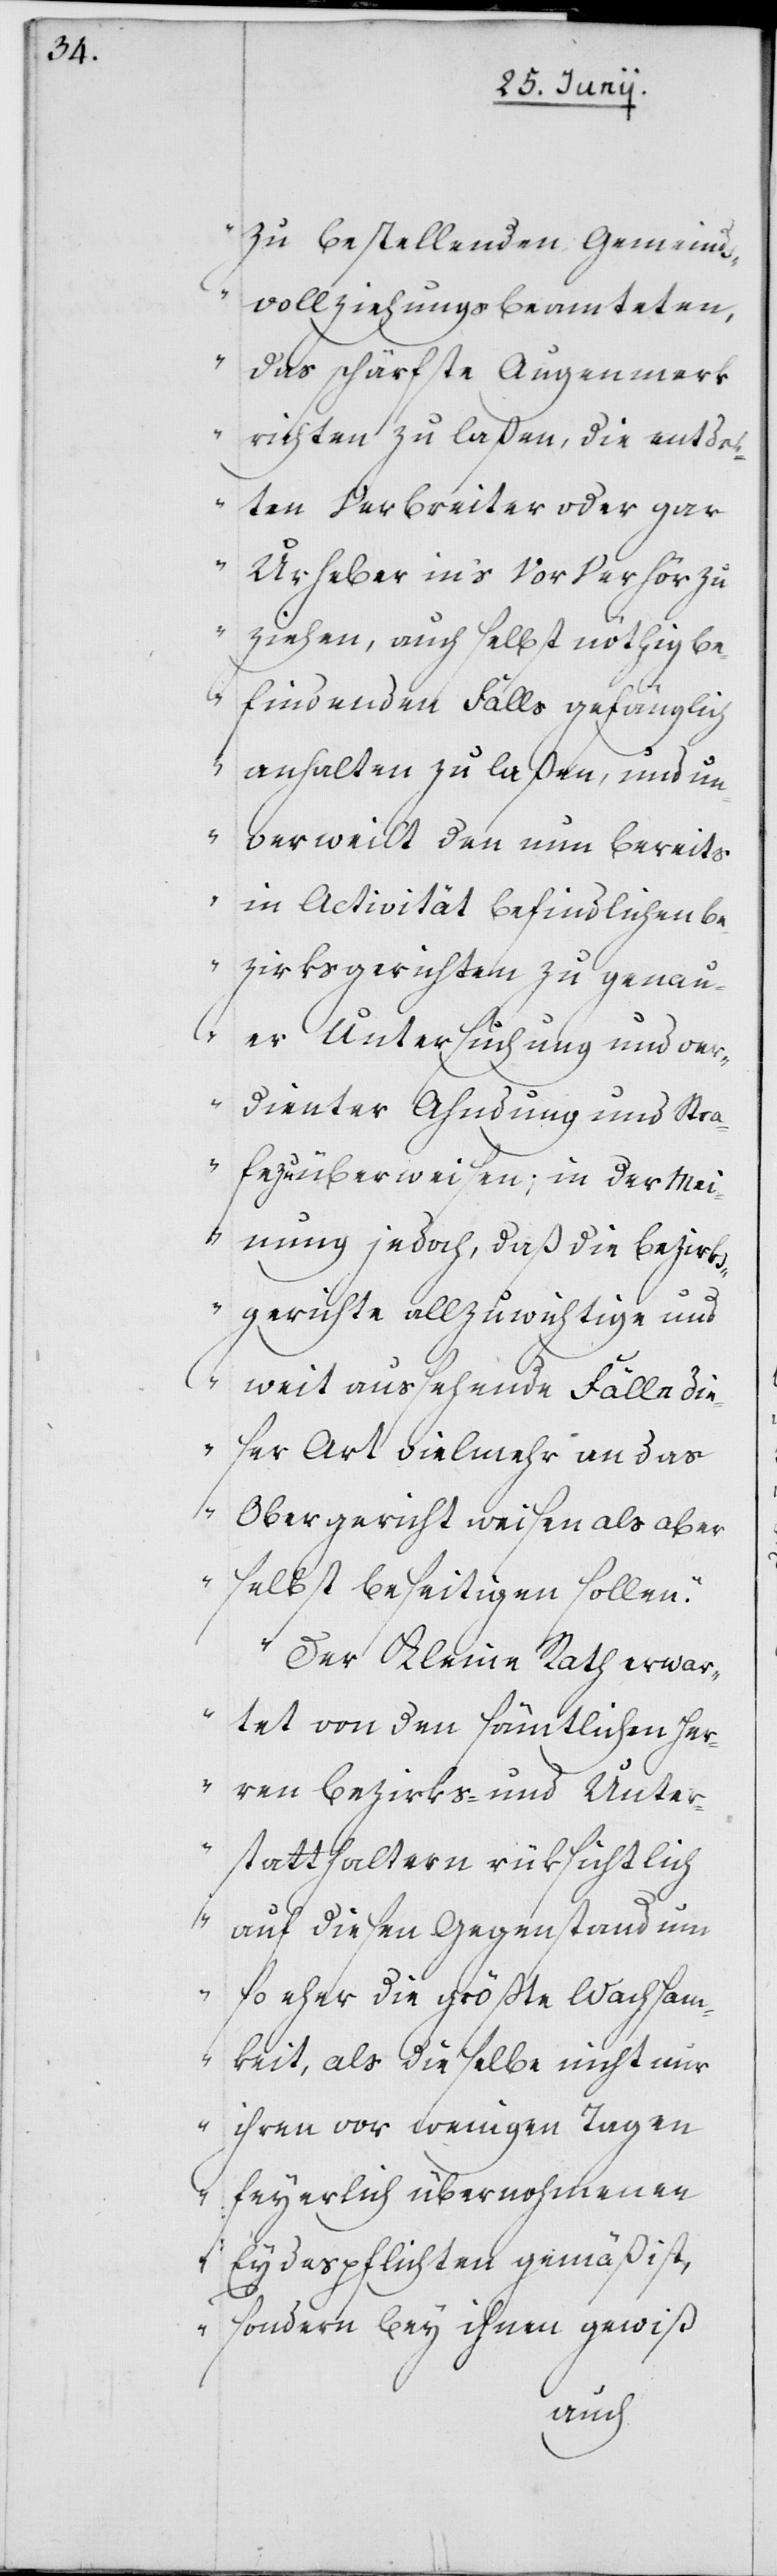
zu bestellenden Gemeinds¬
vollziehungsbeamteten,
das schärfste Augenmerk
richten zu laßen, die entdek¬
ten Verbreiter oder gar
Urheber in’s Verhör zu
ziehen, auch selbst nöthig be¬
findenden Falls gefänglich
anzuhalten zu laßen, und un¬
verweilt den nun bereits
in Activität befindlichen Be¬
zirksgerichten zu genau¬
er Untersuchung und ver¬
dienter Ahndung und Stra¬
fe zu überweisen; in der Mei¬
nung jedoch, daß die Bezirks¬
gerichte allzu wichtige und
weit aussehende Fälle die¬
ser Art vielmehr an das
Obergericht weisen als aber
selbst beseitigen sollen.
Der Kleine Rath erwar¬
tet von den sämtlichen Her¬
ren Bezirks- und Unter¬
statthaltern rüksichtlich
auf diesen Gegenstand um
so eher die größte Wachsam¬
keit, als die selbe nicht nur
ihren vor wenigen Tagen
feyerlich übernohmenen
Eydespflichten gemäß ist,
sondern bey ihnen gewiß